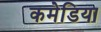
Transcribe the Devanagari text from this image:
कमेडिया